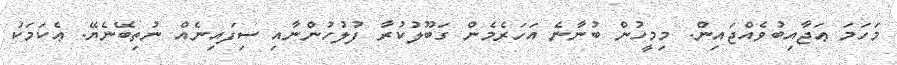
މަހަމަ ޢަޖާއިބުވެއްޖައިން. މިމީހުން ބުނާނެ އަހަރެމެން ގަބޫލުކުރާ ފުލުހުންނާއި ސިފައިނެއް ނުތިބޭނެޔޭ. ޢެކަމަކު